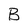
Character: B